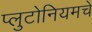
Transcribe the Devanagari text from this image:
प्लुटोनियमचे